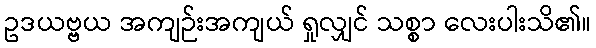
ဥဒယဗ္ဗယ အကျဉ်းအကျယ် ရှုလျှင် သစ္စာ လေးပါးသိ၏။